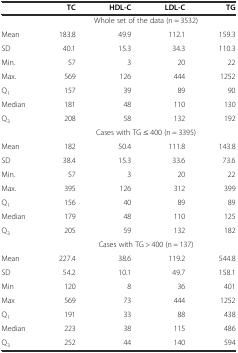
|  | TC | HDL-C | LDL-C | TG |
 | --- | --- | --- | --- | --- |
 |  | <COLSPAN=4> Whole set of the data (n = 3532) |
 | Mean | 183.8 | 49.9 | 112.1 | 159.3 |
 | SD | 40.1 | 15.3 | 34.3 | 110.3 |
 | Min. | 57 | 3 | 20 | 22 |
 | Max. | 569 | 126 | 444 | 1252 |
 | Q1 | 157 | 39 | 89 | 90 |
 | Median | 181 | 48 | 110 | 130 |
 | Q3 | 208 | 58 | 132 | 192 |
 |  | <COLSPAN=4> Cases with TG ≤ 400 (n = 3395) |
 | Mean | 182 | 50.4 | 111.8 | 143.8 |
 | SD | 38.4 | 15.3 | 33.6 | 73.6 |
 | Min. | 57 | 3 | 20 | 22 |
 | Max. | 395 | 126 | 312 | 399 |
 | Q1 | 156 | 40 | 89 | 89 |
 | Median | 179 | 48 | 110 | 125 |
 | Q3 | 205 | 59 | 132 | 182 |
 |  | <COLSPAN=4> Cases with TG > 400 (n = 137) |
 | Mean | 227.4 | 38.6 | 119.2 | 544.8 |
 | SD | 54.2 | 10.1 | 49.7 | 158.1 |
 | Min | 120 | 8 | 36 | 401 |
 | Max | 569 | 73 | 444 | 1252 |
 | Q1 | 191 | 33 | 88 | 438 |
 | Median | 223 | 38 | 115 | 486 |
 | Q3 | 252 | 44 | 140 | 594 |